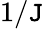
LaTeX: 1/\mathtt{J}